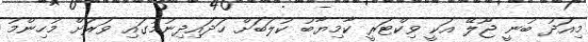
މިއަދު ބުނީ ޖޫލޭ އަކީ ވިކްޓަރީ ކާމިޔާބު ކުލަބަށް ހަދައިދިނުމުގައި ވަރަށް މުހިންމު